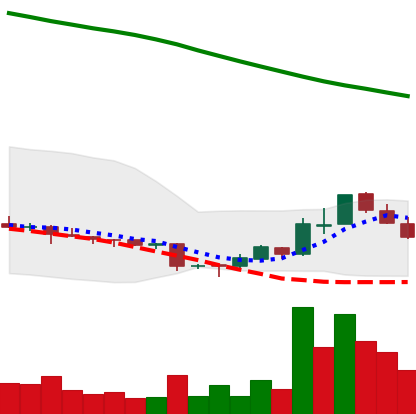
Ticker: ADA-USD
Chart end date: 2018-11-09
Forward return: -12.667%
Label: down_7plus